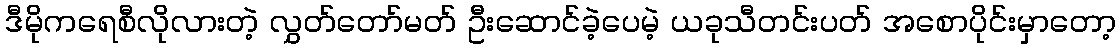
ဒီမိုကရေစီလိုလားတဲ့ လွှတ်တော်မတ် ဦးဆောင်ခဲ့ပေမဲ့ ယခုသီတင်းပတ် အစောပိုင်းမှာတော့